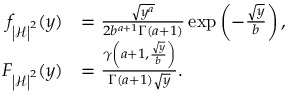
\begin{array} { r l } { f _ { \left| \mathcal { H } \right| ^ { 2 } } ( y ) } & { = \frac { \sqrt { y ^ { a } } } { 2 b ^ { a + 1 } \Gamma ( a + 1 ) } \exp \left( { - \frac { \sqrt { y } } { b } } \right) , } \\ { F _ { \left| \mathcal { H } \right| ^ { 2 } } ( y ) } & { = \frac { \gamma \left( { a + 1 , \frac { \sqrt { y } } { b } } \right) } { \Gamma \left( { a + 1 } \right) \sqrt { y } } . } \end{array}